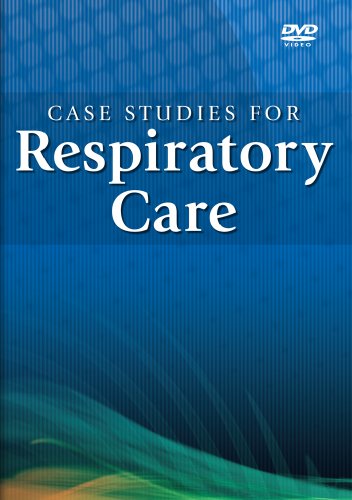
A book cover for Case Studies for Respiratory Care DVD Series (Institutional Edition); Delmar; Medical Books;